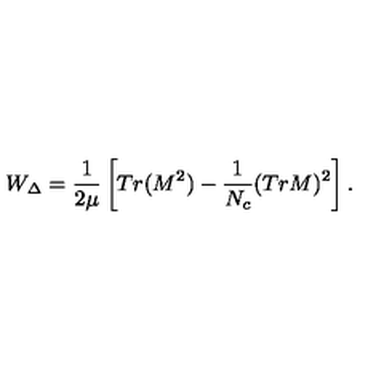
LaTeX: W _ { \Delta } = \frac { 1 } { 2 \mu } \left[ T r ( M ^ { 2 } ) - \frac { 1 } { N _ { c } } ( T r M ) ^ { 2 } \right] .